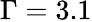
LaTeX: \Gamma=3.1